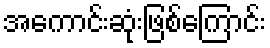
အကောင်းဆုံးဖြစ်ကြောင်း